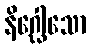
နိဂ္ဃေါသော